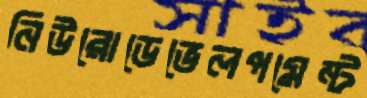
নিউরোডেভেলপমেন্ট